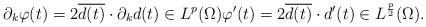
LaTeX: \begin{align*} \partial_k \varphi (t) = 2 \overline{d (t)} \cdot \partial_k d (t) \in L^p (\Omega) \varphi^{\prime} (t) = 2 \overline{d (t)} \cdot d^{\prime} (t) \in L^{\frac{p}{2}} (\Omega).\end{align*}